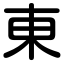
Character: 東